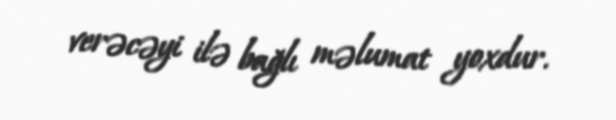
verəcəyi ilə bağlı məlumat yoxdur.